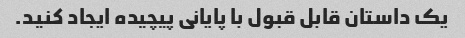
یک داستان قابل قبول با پایانی پیچیده ایجاد کنید.